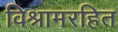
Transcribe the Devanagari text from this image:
विश्रामरहित